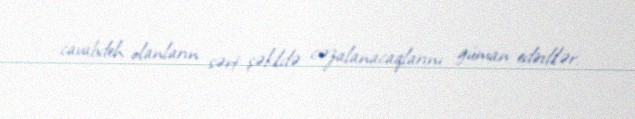
cavabdeh olanların sərt şəkildə cəzalanacaqlarını güman edirdilər.